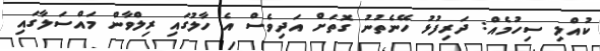
ކުއްލި ސިހުމެއް: ދަރިފުޅު ހޭނެތުނު ގޮތަށް އަދިވެސް އެ ހާލުގައި ރިލްވާން މައްސަލާގައި